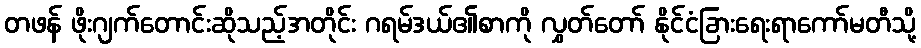
တဖန် ဖိုးဂျက်တောင်းဆိုသည့်အတိုင်း ဂရမ်ဒယ်၏စာကို လွှတ်တော် နိုင်ငံခြားရေးရာကော်မတီသို့